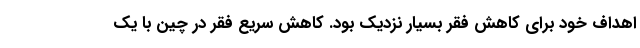
اهداف خود برای کاهش فقر بسیار نزدیک بود. کاهش سریع فقر در چین با یک